Civil Veterinary Department. Madras. Admin. report 1926-33 - 1926-1933
Year: 1926
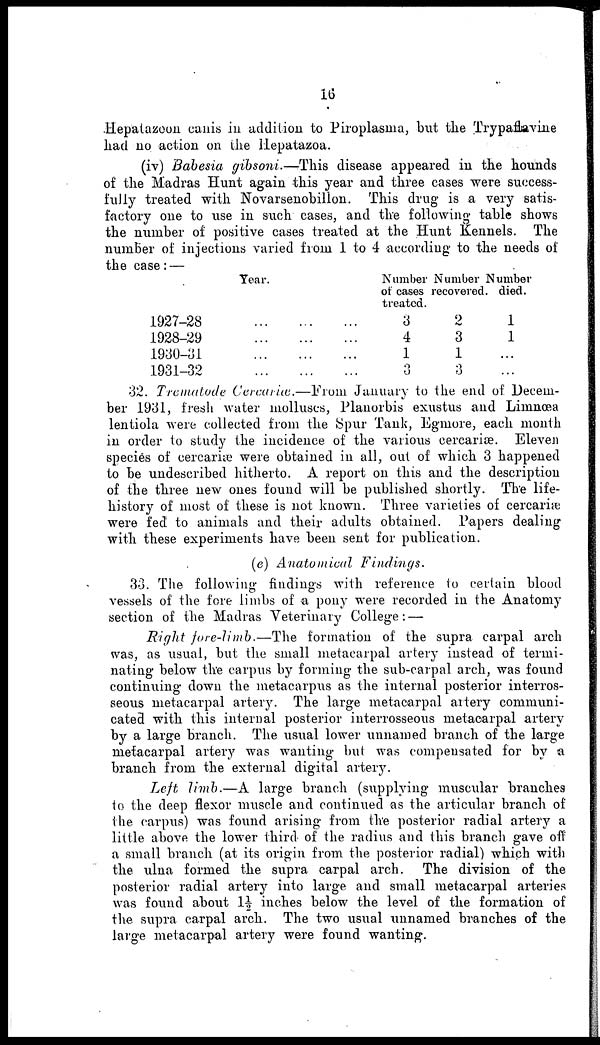
16
Hepatazeon canis in addition to Piroplasma, but the Trypaflavine
had no action on the Hepatazoa.
(iv) Babesia gibsoni.—This
disease appeared in the hounds
of the Madras Hunt again this year and three cases were success-
fully treated with Novarsenobilion. This drug is a very satis-
factory one to use in such cases, and the following table shows
the number of positive cases treated at the Hunt Kennels. The
number of injections varied from 1 to 4 according to the needs of
the case: —
Year.
1927-28
1928-29
1930-31
1931-32
... ...
... ...
... ...
... ...
...
...
...
...
Number
of cases
treated.
3
4
1
3
Number
recovered.
9
3
1
3
Slumber
died.
1
1
...
...
32. Trematode Cercrice.—From
January to the end of Decem-
ber 1931, fresh water molluscs, Planorbis exustus and Linmœa
lentiola were collected from the Spur Tank, Egmore, each month
in order to study the incidence of the various cercariæ. Eleven
species of cercariæ were obtained in all, out of which 3 happened
to be undescribed hitherto. A report on this and the description
of the three new ones found will be published shortly. The life-
history of most of these is not known. Three varieties of cercariæ
were fed to animals and their adults obtained. Papers dealing
with these experiments have been sent for publication.
(e) Anatomical
Findings.
33. The following findings with reference to certain blood
vessels of the fore limbs of a pony were recorded in the Anatomy
section of the Madras Veterinary College: —
Right fore-limb.—The
formation of the supra carpal arch
was, as usual, but the small metacarpal artery instead of termi-
nating below the carpus by forming the sub-carpal arch, was found
continuing down the metacarpus as the internal posterior interros-
seous metacarpal artery. The large metacarpal artery communi-
cated with this internal posterior interrosseous metacarpal artery
by a large branch. The usual lower unnamed branch of the large
metacarpal artery was wanting but was compensated for by a
branch from the external digital artery.
Left limb.—A large branch (supplying muscular branches
to the deep flexor muscle and continued as the articular branch of
the carpus) was found arising from the posterior radial artery a
little above the lower third of the radius and this branch gave off
a small branch (at its origin from the posterior radial) which with
the ulna formed the supra carpal arch. The division of the
posterior radial artery into large and small metacarpal arteries
was found about 1½ inches below the level of the formation of
the supra carpal arch. The two usual unnamed branches of the
large metacarpal artery were found wanting.